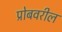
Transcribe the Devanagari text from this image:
प्रोबवरील